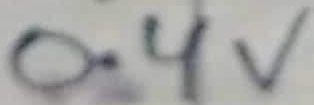
Text: 0.4V